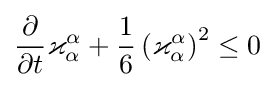
{\frac {\partial }{\partial t}}\varkappa _{\alpha }^{\alpha }+{\frac {1}{6}}\left(\varkappa _{\alpha }^{\alpha }\right)^{2}\leq 0